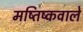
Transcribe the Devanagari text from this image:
मष्तिष्कवाले